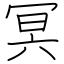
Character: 冥